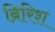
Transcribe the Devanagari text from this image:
ब्रिरिश